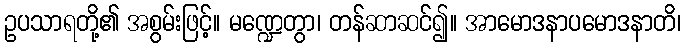
ဥပသာရတို့၏ အစွမ်းဖြင့်။ မဏ္ဍေတွာ၊ တန်ဆာဆင်၍။ အာမောဒနာပမောဒနာတိ၊